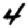
Digit: 4